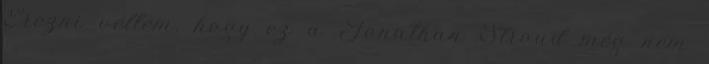
Érezni véltem, hogy ez a Jonathan Stroud még nem